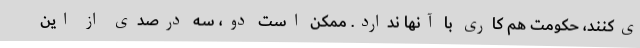
ی‌کنند، حکومت هم کاری با آنها ندارد. ممکن است دو، سه درصدی از این